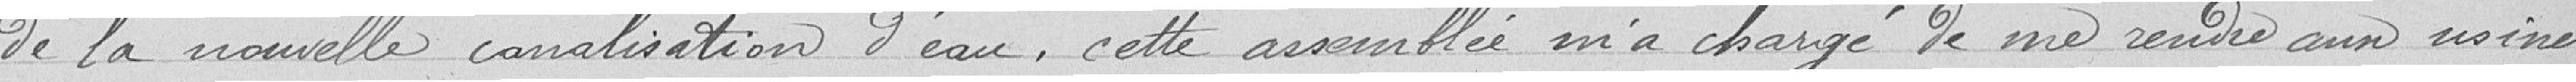
de la nouvelle canalisation d'eau, cette assemblée m'a chargé de me rendre aux usines